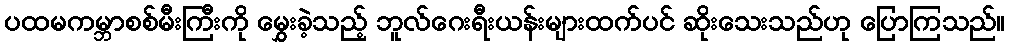
ပထမကမ္ဘာစစ်မီးကြီးကို မွှေးခဲ့သည့် ဘူလ်ဂေးရီးယန်းများထက်ပင် ဆိုးသေးသည်ဟု ပြောကြသည်။